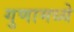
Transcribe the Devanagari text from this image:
गुणामध्ये